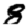
Digit: 8